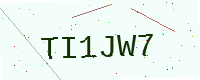
Text: TI1JW7